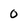
Character: 0